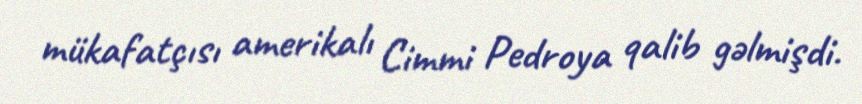
mükafatçısı amerikalı Cimmi Pedroya qalib gəlmişdi.